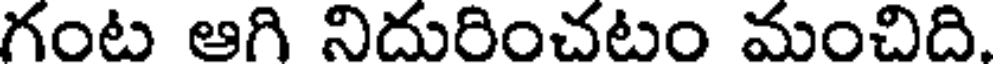
గంట ఆగి నిదురించటం మంచిది.